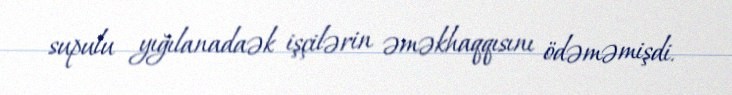
supulu yığılanadaək işçilərin əməkhaqqısını ödəməmişdi.